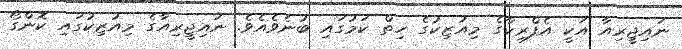
ނައިޖީރިއާ އަކީ އެފްރިކާގެ މިއުޒިކުގެ ހިތް ކަމުގައި ބުނެވެއެވެ. ނައިޖީރިއާގެ މިއުޒިކުގައި ކޮންގޯ